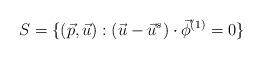
LaTeX: \begin{align*} S = \{(\vec p,\vec u): (\vec u - \vec u^s)\cdot \vec \phi^{(1)} =0\}\end{align*}